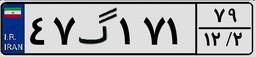
۴۷گ۱۷۱۷۹